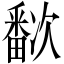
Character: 𬏗